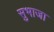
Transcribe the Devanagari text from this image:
सुभाजा